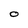
Character: O